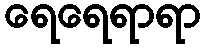
ရေရေရာရာ